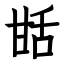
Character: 甛